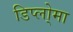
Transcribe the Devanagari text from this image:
डिप्लो्मा